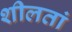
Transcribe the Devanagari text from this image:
शीलतां